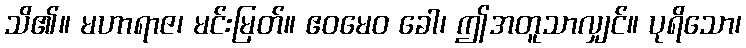
သိ၏။ မဟာရာဇ၊ မင်းမြတ်။ ဧဝမေဝ ခေါ၊ ဤအတူသာလျှင်။ ပုရိသော၊